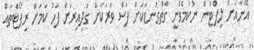
އޭނާއަށް ލިފްޓުން ނުކުމެވުނީ ގާތްގަނޑަކަށް ފަސް ވަރަކަށް ގަދިއިރަށް ފަހު ކަމަށް ރިޕޯޓްތައް